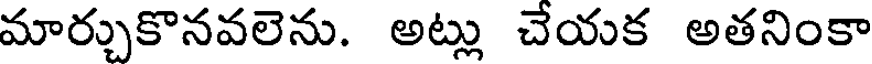
మార్చుకొనవలెను. అట్లు చేయక అతనింకా